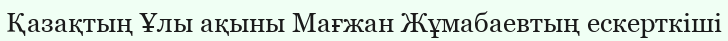
Қазақтың Ұлы ақыны Мағжан Жұмабаевтың ескерткiшi